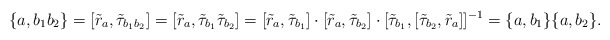
\begin{align*} \{a, b_{1}b_{2} \} = [\tilde{r}_{a}, \tilde{\tau}_{b_1 b_2}]= [\tilde{r}_a, \tilde{\tau}_{b_1} \tilde{\tau}_{b_2}] = [\tilde{r}_{a}, \tilde{\tau}_{b_1}] \cdot [\tilde{r}_{a}, \tilde{\tau}_{b_2}] \cdot [\tilde{\tau}_{b_1}, [ \tilde{\tau}_{b_2}, \tilde{r}_{a} ] ]^{-1} = \{a, b_1\} \{a, b_2\}.\end{align*}